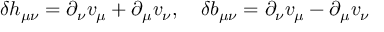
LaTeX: \delta h _ { \mu \nu } = \partial _ { \nu } v _ { \mu } + \partial _ { \mu } v _ { \nu } , \quad \delta b _ { \mu \nu } = \partial _ { \nu } v _ { \mu } - \partial _ { \mu } v _ { \nu }